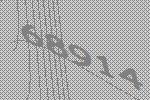
68914